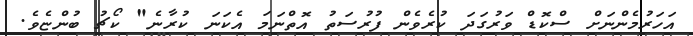
އަހަރުމެންނަށް ސްކޮޑް ވަރުގަދަ ކުރެވެން ފުރުސަތު އޮތްނަމަ އެކަނަ ކުރާނެ" ކޯޗު ބުންޏެވެ.